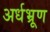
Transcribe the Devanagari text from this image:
अर्धभ्रूण